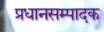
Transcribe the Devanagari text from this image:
प्रधानसम्पादक